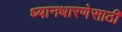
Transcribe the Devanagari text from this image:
ध्यानधारणेसाठी